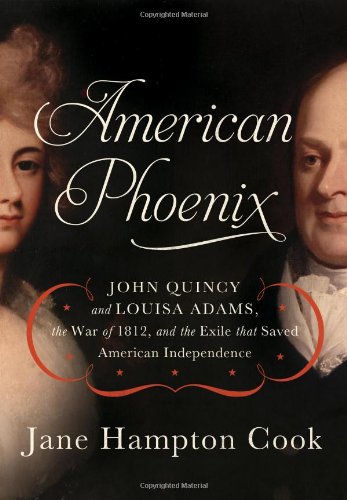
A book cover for American Phoenix: John Quincy and Louisa Adams, the War of 1812, and the Exile that Saved American Independence; Jane Hampton Cook; History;